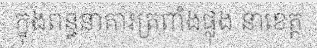
ក្នុងពន្ធនាគារត្រពាំងផ្លុង នាខេត្ត